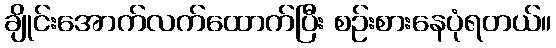
ချိုင်းအောက်လက်ထောက်ပြီး စဉ်းစားနေပုံရတယ်။